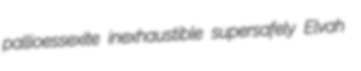
pallioessexite inexhaustible supersafely Elvah